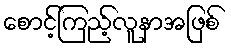
စောင့်ကြည့်လူနာအဖြစ်